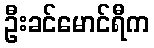
ဦးခင်မောင်ရီက